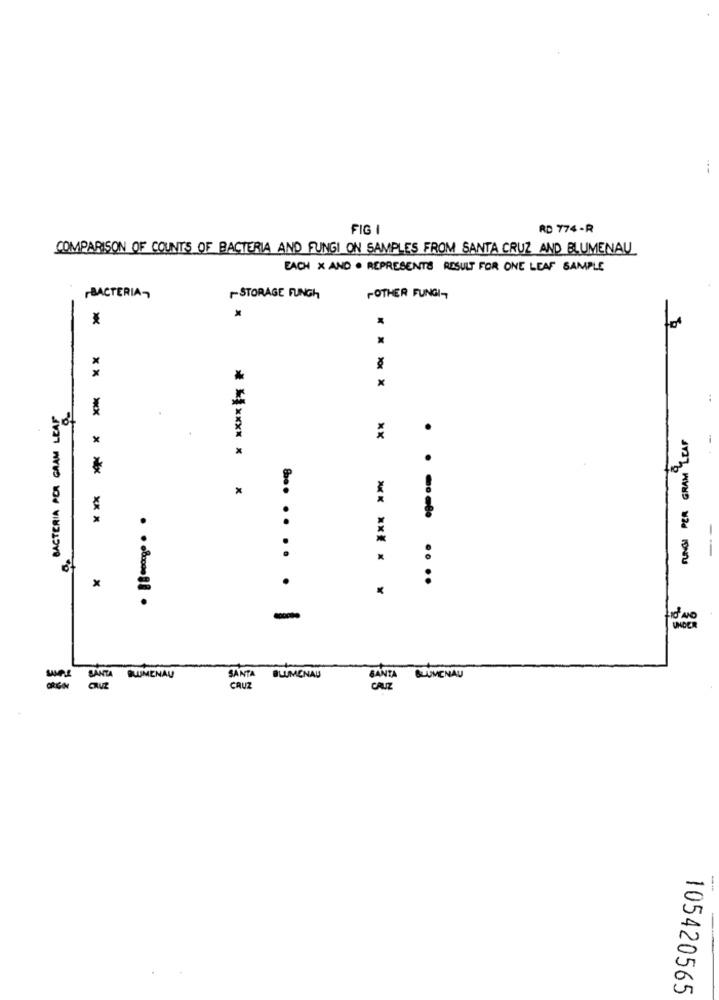
FIG I
RD 774 -R
COMPARISON OF COUNTS OF BACTERIA AND FUNGI ON SAMPLES FROM SANTA CRUZ AND BLUMENAU
EACH X AND . REPRESENTS RESULT FOR ONE LEAF SAMPLE
BACTERIA
STORAGE FUNGh
POTHER FUNGI-
-
x
XXX )
BACTERIA POR GRAM LEAF
FUNGI PER GRAM LEAF
-
******* * *
* ** ** * ** ***
... .. ..
*** *** *
--
. . ..... ....
X
.
-
WHOER
SANTA
SANTA BLUMENAU
BLUMENAU
CANTA
BLUMENAU
-
CRUZ
-
105420565